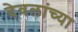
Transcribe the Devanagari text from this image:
देवलांच्या